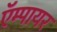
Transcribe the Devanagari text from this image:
ऍम्पायर